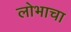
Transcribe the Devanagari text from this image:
लोभाचा